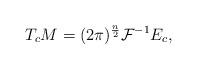
LaTeX: \begin{align*} T_c M = (2\pi)^{\frac n 2}\mathcal F^{-1} E_c,\end{align*}